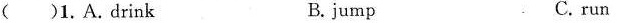
( )1.A.drink B.jump C.run